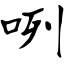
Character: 咧